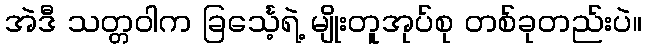
အဲဒီ သတ္တဝါက ခြင်္သေ့ရဲ့ မျိုးတူအုပ်စု တစ်ခုတည်းပဲ။